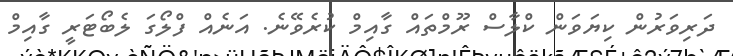
ދަރިވަރުން ކިޔަވަން ކްލާސް ރޫމްތައް ގާއިމް ކުރެވޭނެ. އަނެއް ފްލޯގަ ލެބޯޓަރީ ގާއިމް